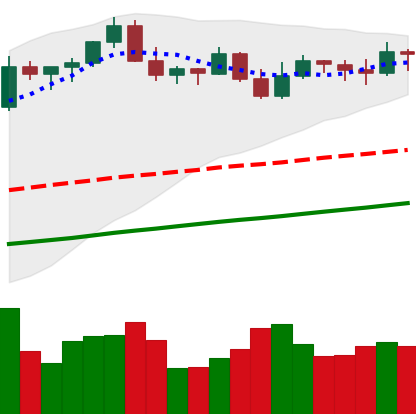
Ticker: BTC-USD
Chart end date: 2021-11-03
Forward return: 7.3%
Label: up_7plus